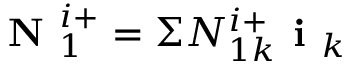
\textbf { N } _ { 1 } ^ { i + } = \Sigma N _ { 1 k } ^ { i + } \textbf { i } _ { k }